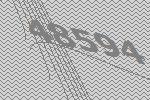
48594